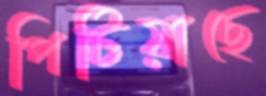
পিটিয়াছে